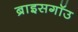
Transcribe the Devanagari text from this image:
ब्राइसगॉउ